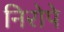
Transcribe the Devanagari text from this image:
निरोपे